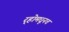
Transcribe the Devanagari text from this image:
र्‍होमधूनच